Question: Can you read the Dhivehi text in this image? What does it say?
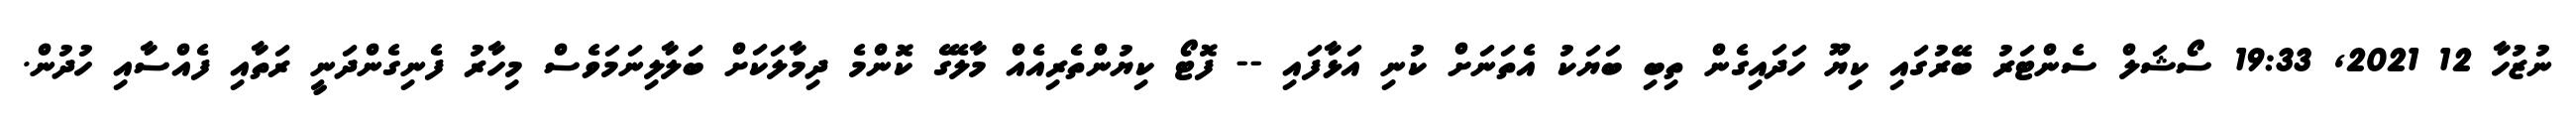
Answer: ނުޒުހާ 12 2021, 19:33 ސޯޝަލް ސެންޓަރު ބޭރުގައި ކިޔޫ ހަދައިގެން ތިބި ބަޔަކު އެތަނަށް ކުނި އަޅާފައި -- ފޮޓޯ ކިޔުންތެރިއެއް މާލޭގެ ކޮންމެ ދިމާލަކަށް ބަލާލިނަމަވެސް މިހާރު ފެނިގެންދަނީ ރަތާއި ފެއްސާއި ހުދުން.